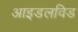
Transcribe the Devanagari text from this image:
आइडलविड